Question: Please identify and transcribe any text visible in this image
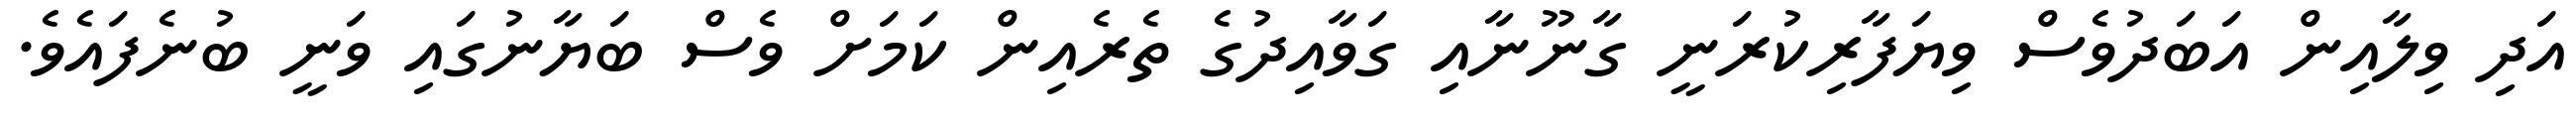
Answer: އަދި ވިލާއިން އަބަދުވެސް ވިޔަފާރިކުރަނީ ގާނޫނާއި ގަވާއިދުގެ ތެރެއިން ކަމަށް ވެސް ބަޔާނުގައި ވަނީ ބުނެފައެވެ.